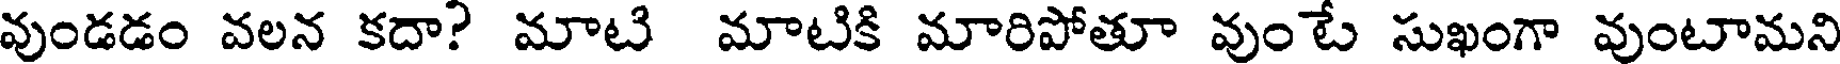
వుండడం వలన కదా? మాటి మాటికి మారిపోతూ వుంటే సుఖంగా వుంటామని